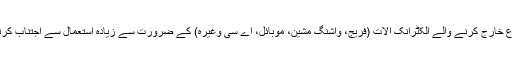
۱۱- شعاع خارج کرنے والے الکٹرانک آلات (فریج، واشنگ مشین، موبائل، اے سی وغیرہ) کے ضرورت سے زیادہ استعمال سے اجتناب کرنا چاہئے۔